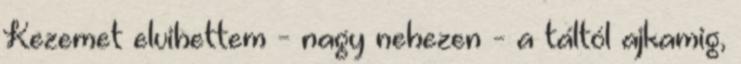
Kezemet elvihettem - nagy nehezen - a táltól ajkamig,